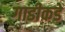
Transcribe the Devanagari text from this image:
गाडीकडे